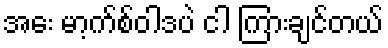
အေး မာ့က်စ်ဝါဒပဲ ငါ ကြားချင်တယ်